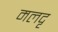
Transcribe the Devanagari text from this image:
मलदृ